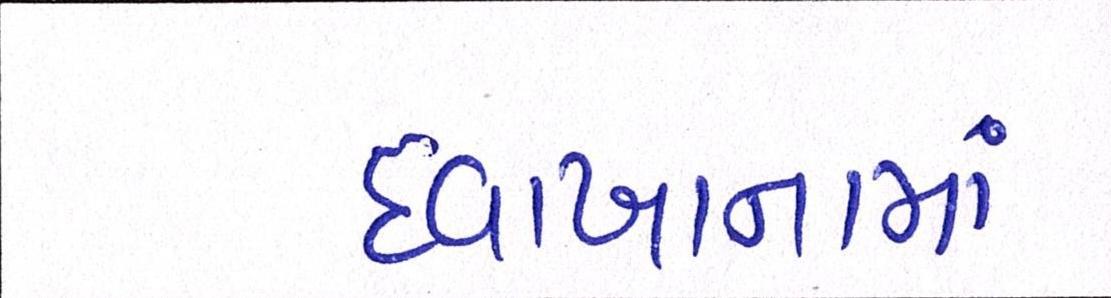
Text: દવાખાનામાં